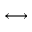
\longleftrightarrow